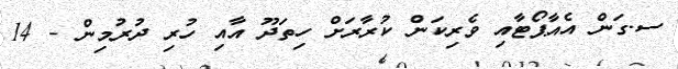
ސ.ގަން އެއާޕޯޓާއި ވެރިކަން ކުރާރަށް ހިތަދޫ އާއި ހުރި ދުރުމިން - 14